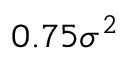
0 . 7 5 \sigma ^ { 2 }